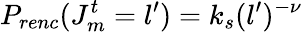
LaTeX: P_{renc}(J_{m}^{t}=l^{\prime})=k_{s}(l^{\prime})^{-\nu}